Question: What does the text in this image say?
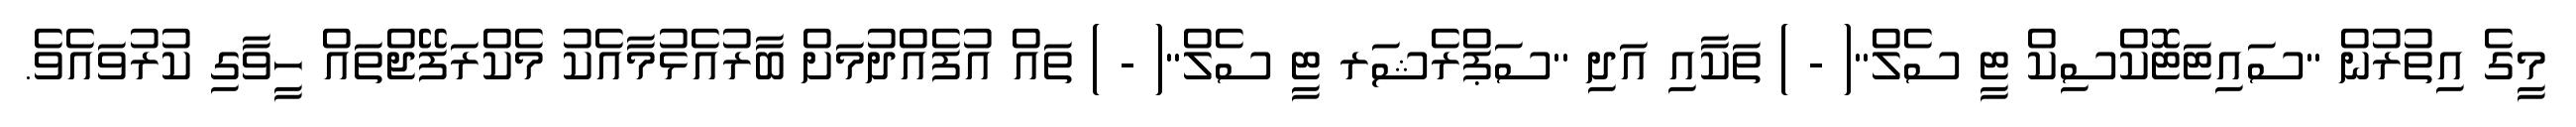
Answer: މީގެ އިތުރުން ''ސައިޓަޓޮކްސިކް ޓީ ސެލް''( - ) ތަކާއި އަދި ''ސަޕްރެޝަރ ޓީ ސެލް''( - ) ތައް އުފެއްދުމަށް ބާރުއެޅުމާއެކު މެކްރަފޭޖްތައް ހީވާގި ކުރުވައެވެ.